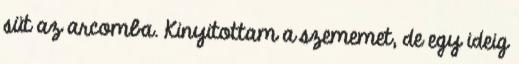
süt az arcomba. Kinyitottam a szememet, de egy ideig